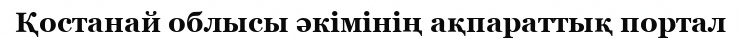
Қостанай облысы әкiмiнiң ақпараттық портал